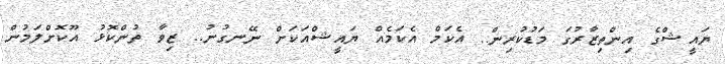
ޔައީޝްގެ އިންތިޒާރުގަ މަޑުކުރިން.. އެކަމް އެކަމެއް ޔައީޝްއަކަށް ނޭނގުނު.. ޒިވާ ތުންކޮޅު އޫކޮށްލަމުން